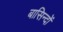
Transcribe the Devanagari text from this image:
बासिन्दों